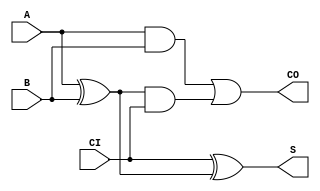
module FA(A, B, CI, S, CO);

input A, B, CI;
output S, CO;
wire w0, w1, w2;

xor xor1(w0, A, B);
xor xor2(S, CI, w0);
and and1(w1, A, B);
and and2(w2, w0, CI);
or or1(CO, w1, w2);

endmodule